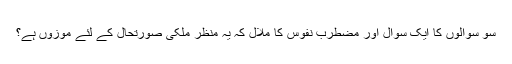
سو سوالوں کا ایک سوال اور مضطرب نفوس کا ملال کہ یہ منظر ملکی صورتحال کے لئے موزوں ہے؟